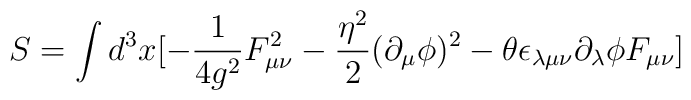
S = \int d^3 x [-\frac{1}{4g^2}F_{\mu\nu}^2-\frac{{\eta}^2}{2}(\partial_{\mu} \phi)^2 - \theta\epsilon_{\lambda \mu \nu} \partial_{\lambda}\phi F_{\mu \nu}]